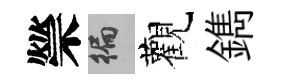
禜徧觀鐫